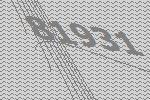
81931